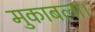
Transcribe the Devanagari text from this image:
मुकाबला।